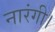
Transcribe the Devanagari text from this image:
नारंगी।